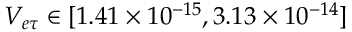
V _ { e \tau } \in [ 1 . 4 1 \times 1 0 ^ { - 1 5 } , 3 . 1 3 \times 1 0 ^ { - 1 4 } ]